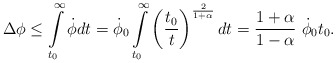
\begin{align*}\Delta\phi \leq \int\limits_{t_0}^\infty \dot\phi dt = \dot\phi_0\int\limits_{t_0}^\infty \left({t_0\over t}\right)^{2\over 1+\alpha}dt = {1+\alpha\over 1-\alpha}~\dot\phi_0 t_0 .\end{align*}